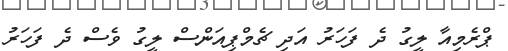
ޕްރެމިއާ ލީގު ދެ ފަހަރު އަދި ޗެމްޕިއަންސް ލީގު ވެސް ދެ ފަހަރު